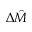
\Delta \hat { M }